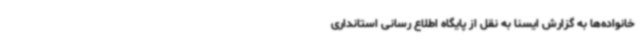
خانواده‌ها به گزارش ایسنا به نقل از پایگاه اطلاع رسانی استانداری